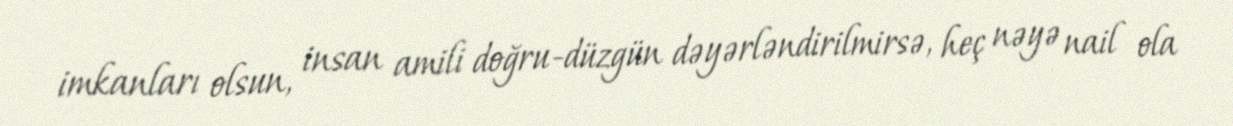
imkanları olsun, insan amili doğru-düzgün dəyərləndirilmirsə, heç nəyə nail ola